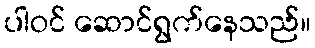
ပါဝင် ဆောင်ရွက်နေသည်။